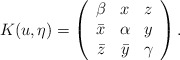
\begin{align*}K(u,\eta)=\left(\begin{array}{ccc} \beta & x & z \\ \bar{x} & \alpha & y \\ \bar{z} & \bar{y} & \gamma \end{array}\right).\end{align*}